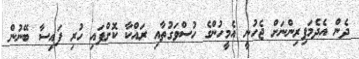
ދެން އެދެމަފިރިންނަށް ޖެހުނީ އެމީހުންގެ ހުސްވަގުތާއި ރައްކާ ކޮށްފައި ހުރި ފައިސާ ބޭނުން